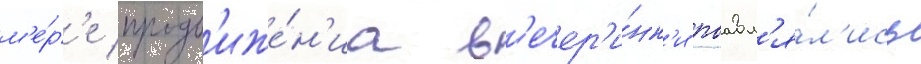
м'е́р'е продв'иже́н'иа в'ечер'и́нк'и поавл'я́л'ись